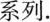
系列.